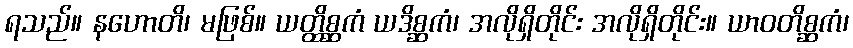
ရသည်။ နဟောတိ၊ မဖြစ်။ ယတ္ထိစ္ဆကံ ယဒိစ္ဆကံ၊ အလိုရှိတိုင်း အလိုရှိတိုင်း။ ယာဝတိစ္ဆကံ၊